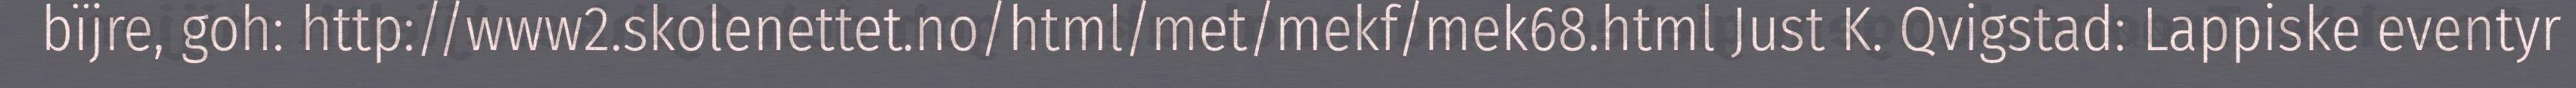
bïjre, goh: http://www2.skolenettet.no/html/met/mekf/mek68.html Just K. Qvigstad: Lappiske eventyr